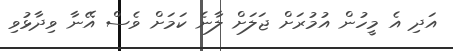
އަދި އެ މީހުން އުމުރަށް ޖަލަށް ލާނެ ކަމަށް ވެސް އޭނާ ވިދާޅުވި